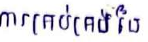
ការគ្រប់គ្រងនៃ